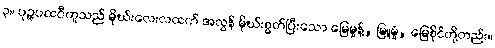
၃။ ပုဉ္ဇပထဝီဟူသည် မိုဃ်းလေးလထက် အလွန် မိုဃ်းစွတ်ပြီးသော မြေမှုန့်, မြူမှုံ, မြေစိုင်တို့တည်း။